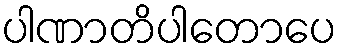
ပါဏာတိပါတောပေ